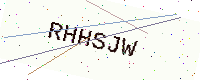
Text: RHHSJW